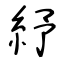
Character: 紓